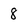
Character: 8